Martna_vallavalitsus, lk 18
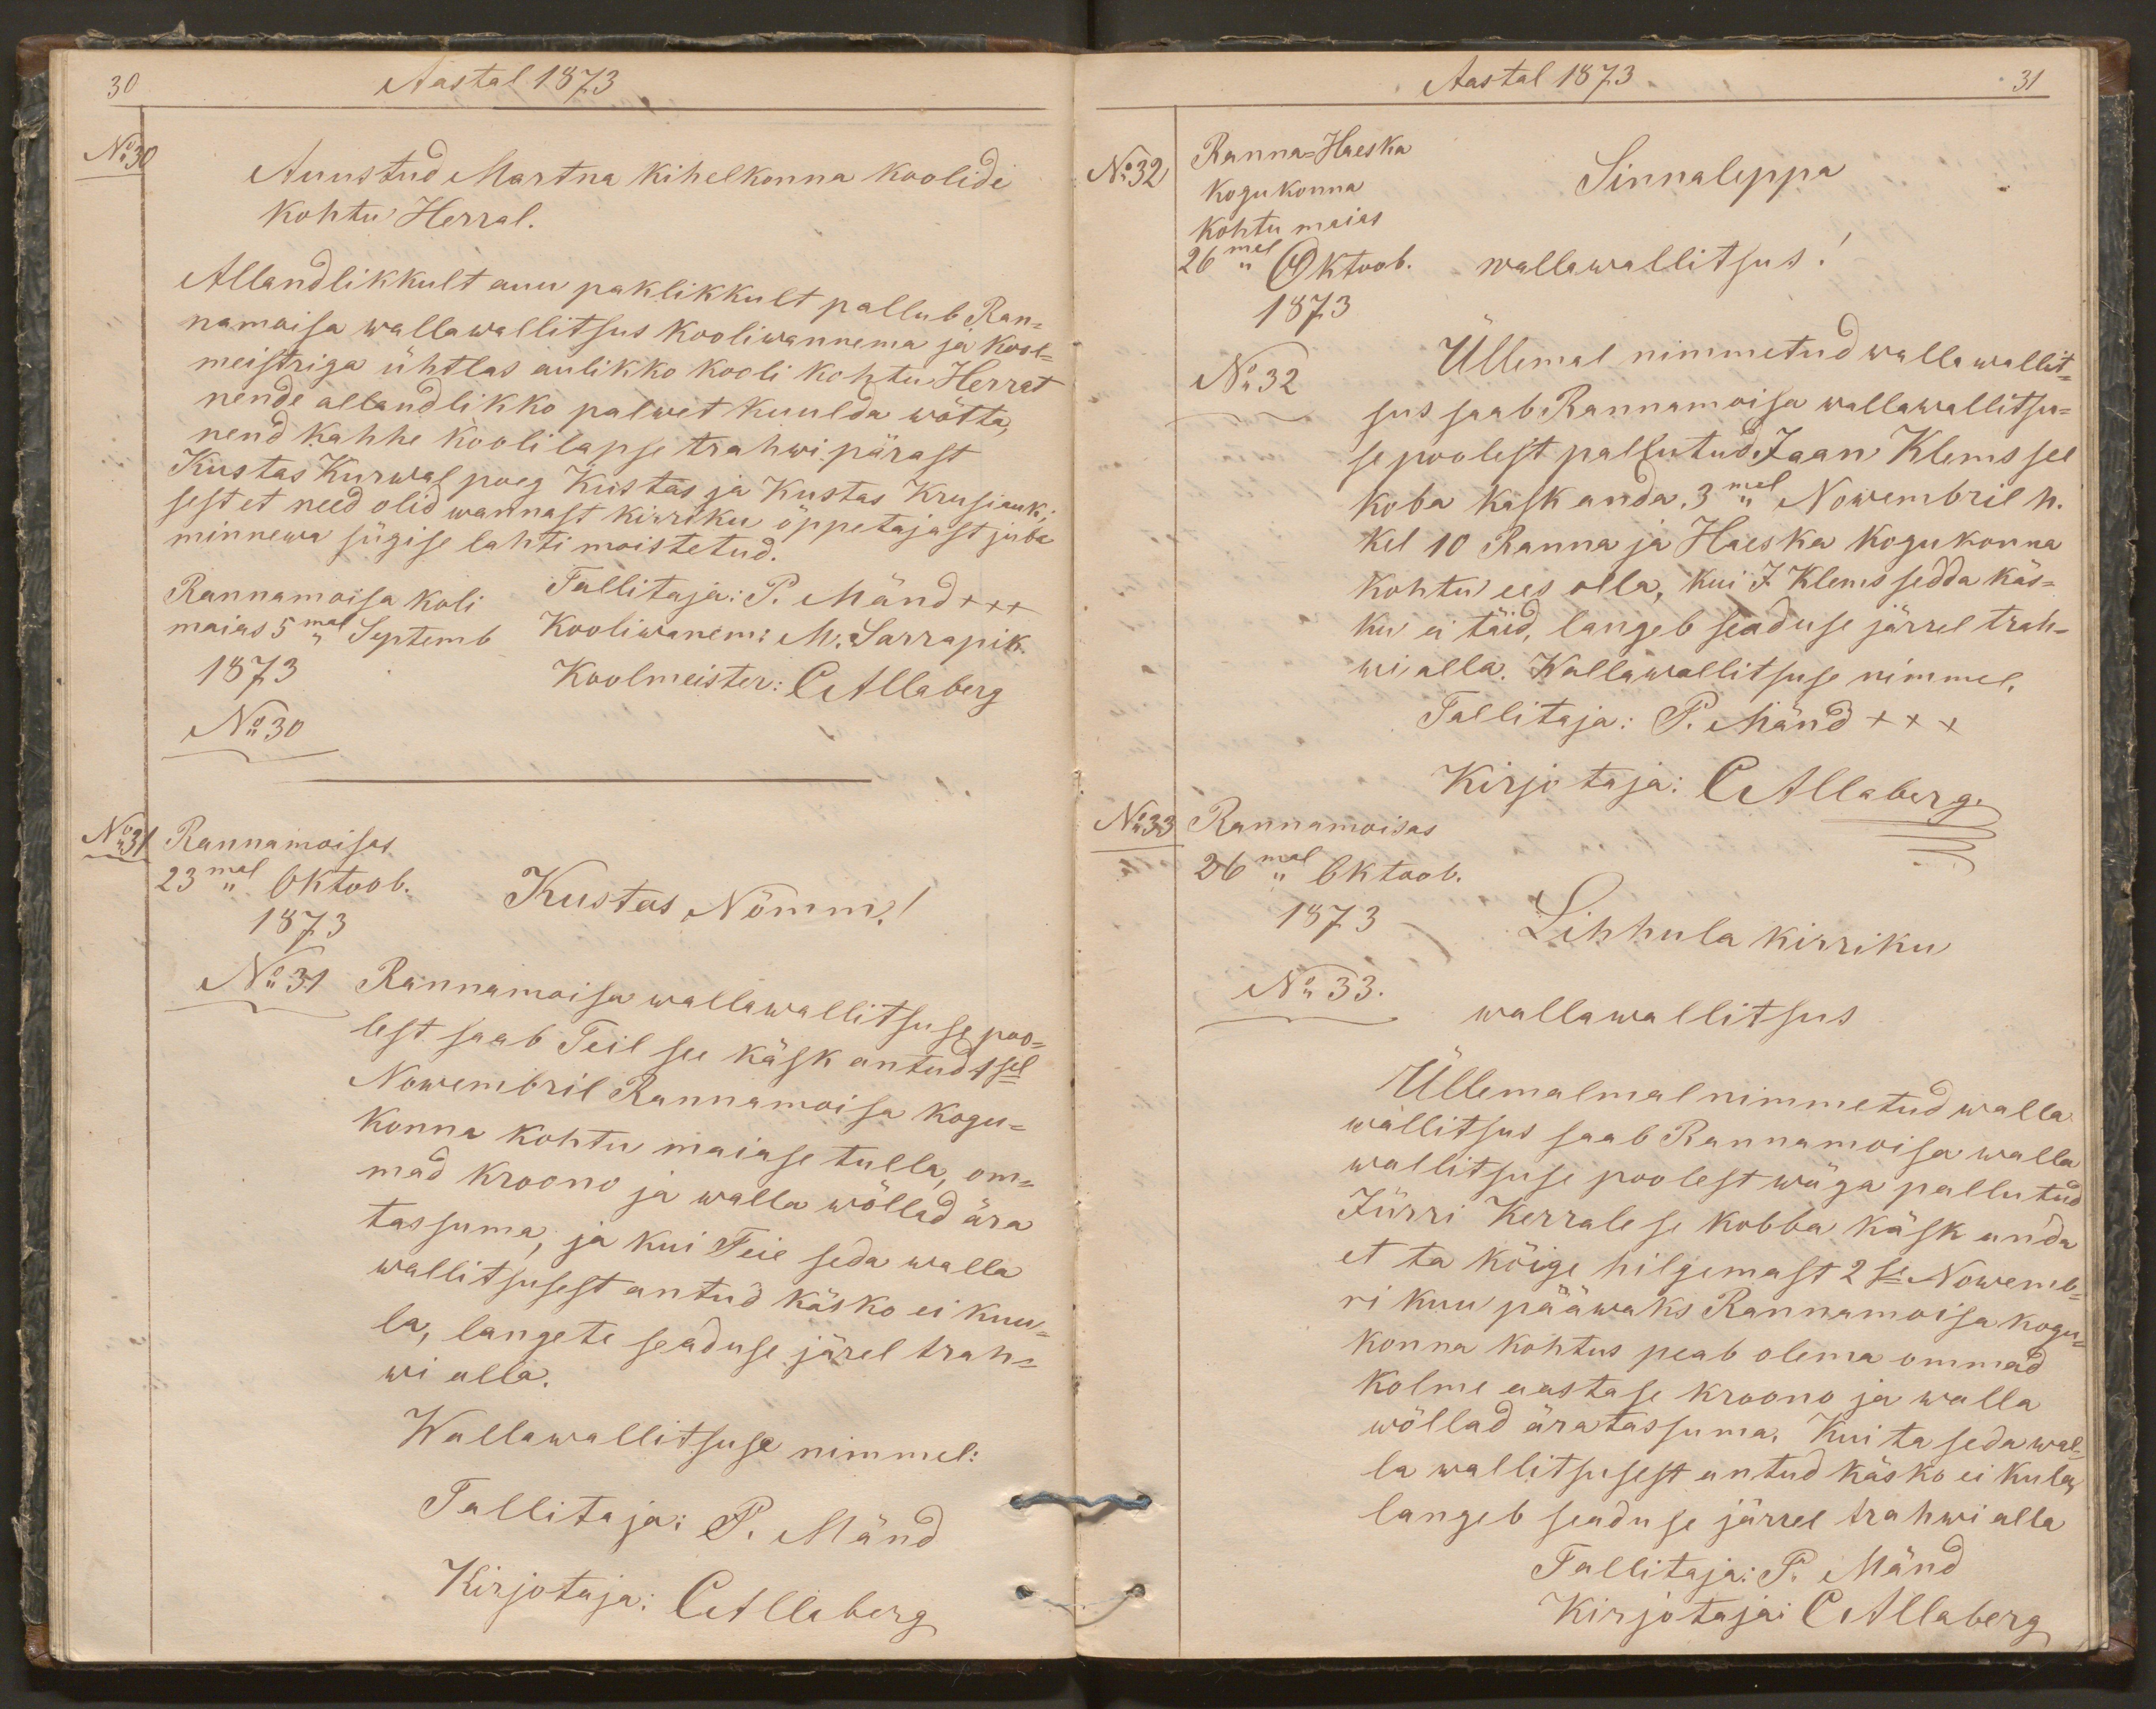
30
Aastal 1873
No30
Auustud Martna kihelkonna koolide
kohtu Herral.
Allandlikkult auu paklikkult pallub Ran-
namoisa wallawallitsus kooliwannema ja kool-
meistriga ühtlas aulikko kooli kohtu Herrat
nende allandlikko palwet kuulda wõtta,
nend kahhe kooli lapse trahwi pärast
Kustas Kurwal poeg Kustas ja Kustas Krusiauk;
sest et need olid wannast kirriku õppetajast juba
minnewa sügise lahti moistetud.
Rannamoisa koli
Tallitaja: P. Mänd xxx
maias 5mal Septemb
Kooliwanem: M. Sarrapik.
1873
No 30
Koolmeister: CAllaberg
No31
Rannamoisas
23mal Oktoob.
Kustas Nõmm!
1873
No 31
Rannamoisa wallawallitsuse poo-
lest saab Teil see käsk antud 1sel
Nowembril Rannamoisa kogu-
konna kohtu maiase tulla, om-
mad kroono ja walla wõllad ära
tassuma, ja kui Teie seda walla
wallitsusest antud käsko ei kuu-
la, langete seaduse järel trah-
wi alla.
Wallawallitsuse nimmel:
Tallitaja: P. Mänd
Kirjotaja: CAllaberg

Aastal 1873.
31
No32
Ranna-Haeska
kogukonna
Sinnaleppa
kohtu maias
26mal Oktoob.
wallawallitsus!
1873
No 32
Üllemal nimmetud walla wallit-
sus saab Rannamoisa wallawallitsu-
se poolest pallutud Jaan Klems sel
koba kask anda, 3mal Nowembril h.
kel 10 Ranna ja Haeska kogukonna
kohtu ees olla, kui J. Klems sedda käs-
ku ei täid, langeb seaduse järrel trah-
wi alla. Wallawallitsuse nimmel,
Tallitaja: P. Mänd xxx
Kirjotaja: CAllaberg.
No33
Rannamoisas
26mal Oktoob.
1873
Lihhula kirriku
No 33.
wallawallitsus
Üllemalmal nimmetud walla
wallitsus saab Rannamoisa walla
wallitsuse poolest wäga pallutud
Jürri Kerrale se kobba käsk anda
et ta kõige hiljemast 2se Nowemb-
ri kuu pääwaks Rannamoisa kogu-
konna kohtus peab olema ommad
kolme aastase kroono ja walla
wõllad äratassuma. Kui ta seda wal-
la wallitsusest antud käsko ei kula,
langeb seaduse järrel trahwi alla
Tallitaja: P. Mänd
Kirjotajad CAllaberg